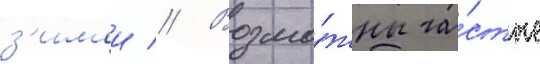
з'имои // Возмо́жны ча́стые